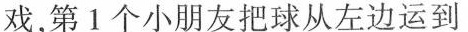
戏，第1个小朋友把球从左边运到